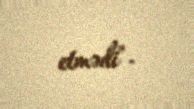
etmədi".